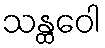
သန္ထဝေါ